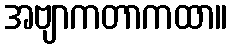
အဗျာကတာကထာ။